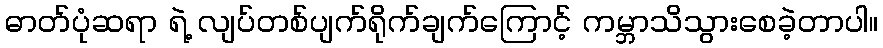
ဓာတ်ပုံဆရာ ရဲ့ လျပ်တစ်ပျက်ရိုက်ချက်ကြောင့် ကမ္ဘာသိသွားစေခဲ့တာပါ။